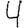
Digit: 4